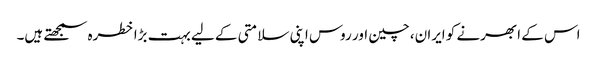
اس کے ابھرنے کو ایران، چین اور روس اپنی سلامتی کے لیے بہت بڑا خطرہ سمجھتے ہیں۔